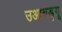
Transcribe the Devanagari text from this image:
उआगडूगू